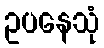
ဥပနေသုံ